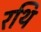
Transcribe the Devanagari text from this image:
रथि